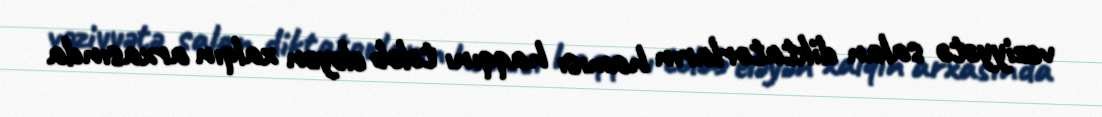
vəziyyətə salan diktatorların hamısı haqqını tələb eləyən xalqın arxasında